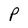
Character: P